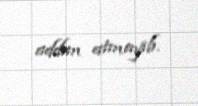
addım atmayıb.